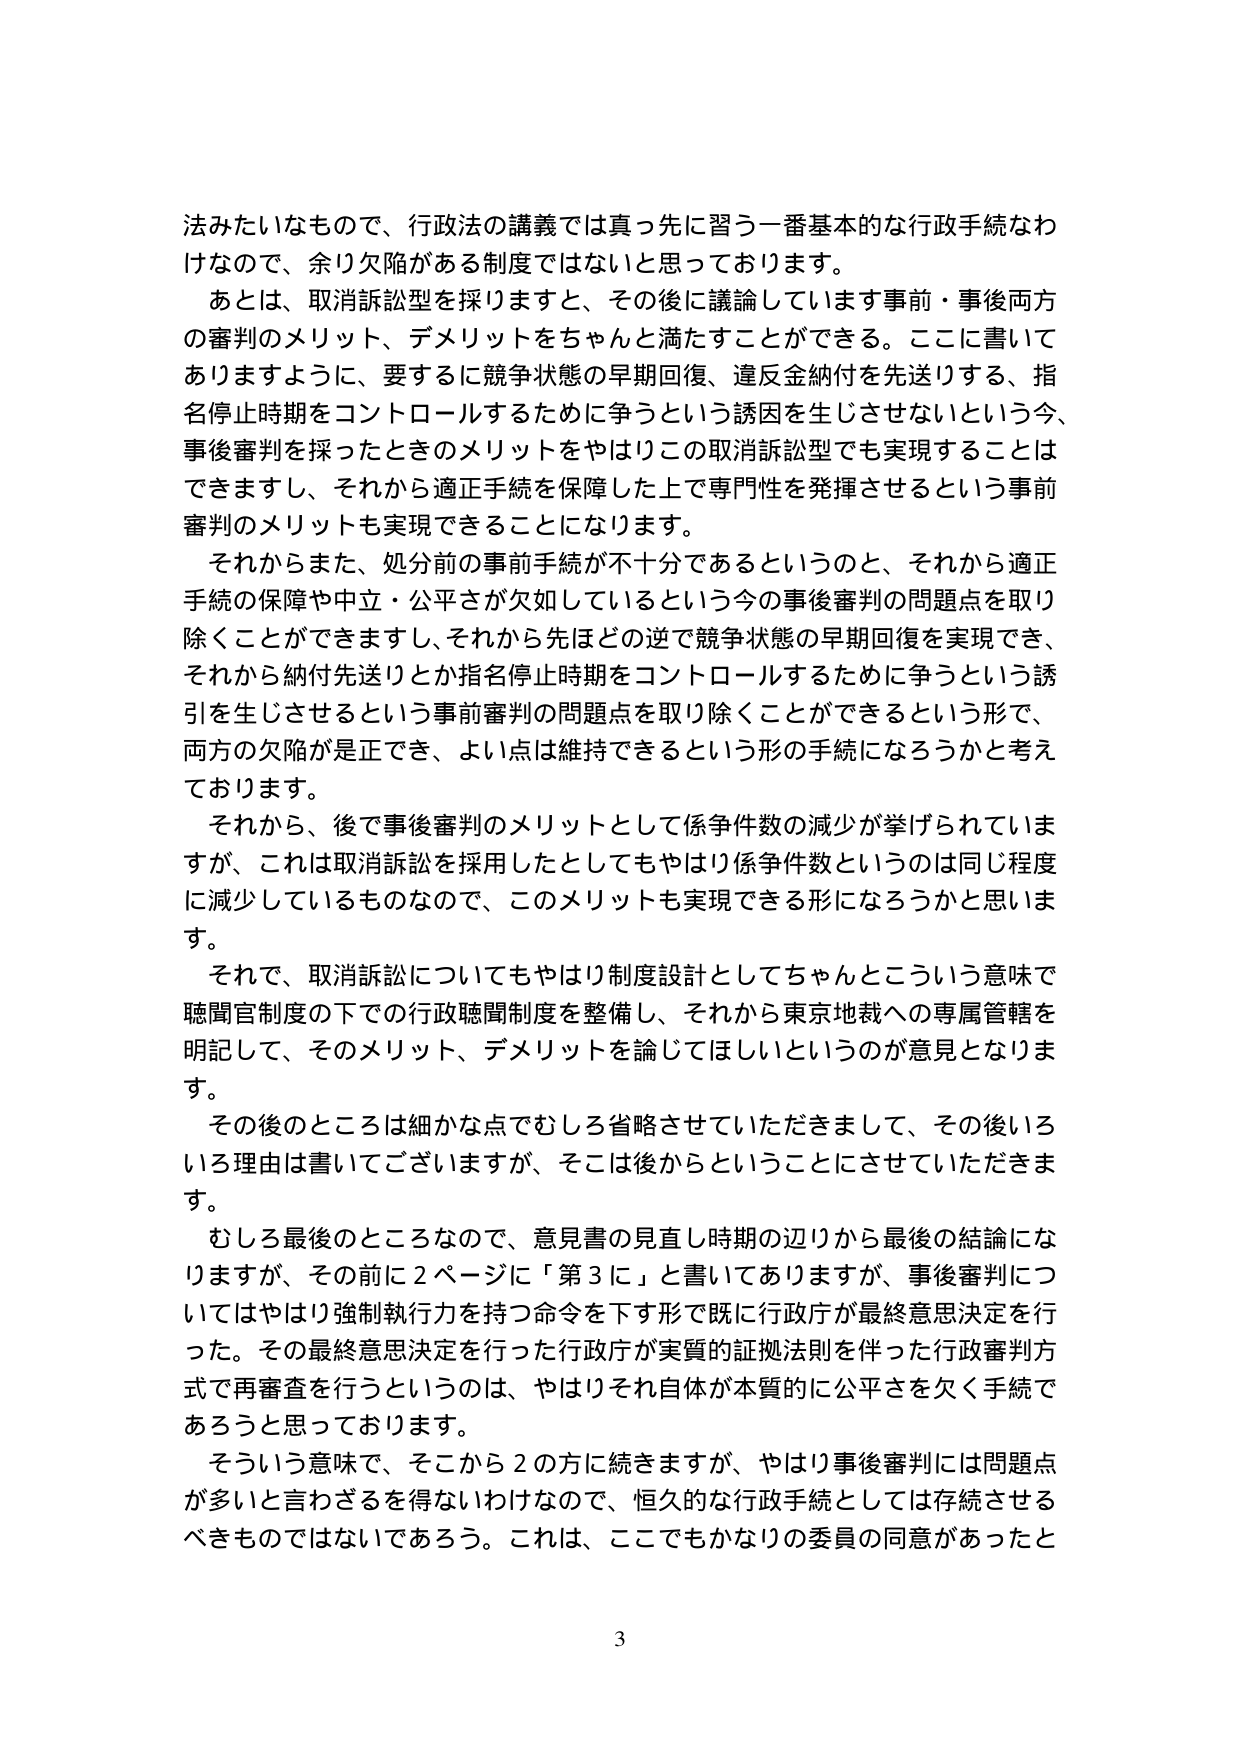
法みたいなもので、行政法の講義では真っ先に習う一番基本的な行政手続なわけなので、余り欠陥がある制度ではないと思っております。

あとは、取消訴訟型を採りますと、その後に議論しています事前・事後両方の審判のメリット、デメリットをちゃんと満たすことができる。ここに書いてありますように、要するに競争状態の早期回復、違反金納付を先送りする、指名停止時期をコントロールするために争うという誘因を生じさせないという今、事後審判を採ったときのメリットをやはりこの取消訴訟型でも実現することはできますし、それから適正手続を保障した上で専門性を発揮させるという事前審判のメリットも実現できることになります。

それからまた、処分前の事前手続が不十分であるというのと、それから適正手続の保障や中立・公平さが欠如しているという今の事後審判の問題点を取り除くことができますし、それから先ほどの逆で競争状態の早期回復を実現でき、それから納付先送りとか指名停止時期をコントロールするために争うという誘引を生じさせるという事前審判の問題点を取り除くことができるという形で、両方の欠陥が是正でき、よい点は維持できるという形の手続になろうかと考えております。

それから、後で事後審判のメリットとして係争件数の減少が挙げられていますが、これは取消訴訟を採用したとしてもやはり係争件数というのは同じ程度に減少しているものなので、このメリットも実現できる形になろうかと思います。

それで、取消訴訟についてもやはり制度設計としてちゃんとこういう意味で聴聞官制度の下での行政聴聞制度を整備し、それから東京地裁への専属管轄を明記して、そのメリット、デメリットを論じてほしいというのが意見となります。

その後のところは細かな点でむしろ省略させていただきまして、その後いろいろ理由は書いてございますが、そこは後からということにさせていただきます。

むしろ最後のところなので、意見書の見直し時期の辺りから最後の結論になりますが、その前に2ページに「第3に」と書いてありますが、事後審判についてはやはり強制執行力を持つ命令を下す形で既に行政庁が最終意思決定を行った。その最終意思決定を行った行政庁が実質的証拠法則を伴った行政審判方式で再審査を行うというのは、やはりそれ自体が本質的に公平さを欠く手続であろうと思っております。

そういう意味で、そこから2の方に続きますが、やはり事後審判には問題点が多いと言わざるを得ないわけなので、恒久的な行政手続としては存続させるべきものではないであろう。これは、ここでもかなりの委員の同意があったと

3